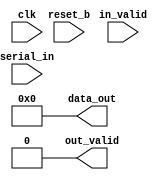
module SIPO(data_out, out_valid, serial_in, in_valid, reset_b, clk);
	// Output signals representing the end of the transaction
	// Output of the SIPO convertor
	output [7:0] data_out;
	/**
	 */
	output out_valid;
	// ===============================================================
	// Input signals
	// Input data bit coming in to the SIPO convertor
	input serial_in;
	// Clock signal to facilitate state transitions
	input clk;
	// Active low reset signal to bring all outputs to ZERO
	input reset_b;
	/**
	 */
	input in_valid;
	// ===============================================================
	// Declare "wire" signals:
	//wire FSM_OUTPUT;
	// ===============================================================
	// Declare "reg" signals:
	reg out_valid;					// Output signal
	reg [7:0] data_out;					// Output signal
	// Outputs of the D flip-flops in the SIPO converter
	reg [7:0] q_dff;				// Output of the D flip-flops
	// Flag to indicate if the flip-flops have their outputs set
	reg flag1;						// flag of the 1st D flip-flop
	reg flag2;						// flag of the 2nd D flip-flop
	reg flag3;						// flag of the 3rd D flip-flop
	reg flag4;						// flag of the 4th D flip-flop
	reg flag5;						// flag of the 5th D flip-flop
	reg flag6;						// flag of the 6th D flip-flop
	reg flag7;						// flag of the 7th D flip-flop
	reg flag8;						// flag of the 8th D flip-flop
	// ===============================================================
	// Definitions for the states in the SIPO convertor
	// parameter PARAM_NAME = VALUE;
	// ===============================================================
	// Logic for active low reset signal to reset the SIPO convertor
	always @(~reset_b)
	begin
		// When "reset_b" goes low, out_valid=0
		out_valid<=1'd0;
		// Set the output of the SIPO convertor to ZERO
		data_out<=8'd0;
		// Set the output of the D flip-flops to ZERO
		q_dff<=8'd0;
		// Set the flags for the flip-flops to zero
		flag1<=1'd1;
		flag2<=1'd1;
		flag3<=1'd1;
		flag4<=1'd1;
		flag5<=1'd1;
		flag6<=1'd1;
		flag7<=1'd1;
		flag8<=1'd1;
	end
	// ===============================================================
	// 1st D flip-flop
	always @(posedge clk)
	begin
		// If the load enable flag and reset_b are high,
		if(in_valid && reset_b &&  (~out_valid))
		begin
			if(flag1==1)
			begin
$display($time,"Process input #1",serial_in);
				q_dff[0]<=serial_in;
				flag1<=1'd0;
			end
		end
	end
	// ===============================================================
	// 2nd D flip-flop
	always @(posedge clk)
	begin
		// If the load enable flag and reset_b are high,
		if(in_valid && reset_b && (~out_valid))
		begin
			if((flag2==1) && (flag1==0))
			begin
$display($time,"Process input #2",serial_in);
				q_dff[1]<=serial_in;
				flag2<=1'd0;
			end
		end
	end
	// ===============================================================
	// 3rd D flip-flop
	always @(posedge clk)
	begin
		// If the load enable flag and reset_b are high,
		if(in_valid && reset_b && (~out_valid))
		begin
			if((flag3==1) && (flag2==0))
			begin
$display($time,"Process input #3",serial_in);
				q_dff[2]<=serial_in;
				flag3<=1'd0;
			end
		end
	end
	// ===============================================================
	// 4th D flip-flop
	always @(posedge clk)
	begin
		// If the load enable flag and reset_b are high,
		if(in_valid && reset_b && (~out_valid))
		begin
			if((flag4==1) && (flag3==0))
			begin
$display($time,"Process input #4",serial_in);
				q_dff[3]<=serial_in;
				flag4<=1'd0;
			end
		end
	end
	// ===============================================================
	// 5th D flip-flop
	always @(posedge clk)
	begin
		// If the load enable flag and reset_b are high,
		if(in_valid && reset_b && (~out_valid))
		begin
			if((flag5==1) && (flag4==0))
			begin
$display($time,"Process input #5",serial_in);
				q_dff[4]<=serial_in;
				flag5<=1'd0;
			end
		end
	end
	// ===============================================================
	// 6th D flip-flop
	always @(posedge clk)
	begin
		// If the load enable flag and reset_b are high,
		if(in_valid && reset_b && (~out_valid))
		begin
			if((flag6==1) && (flag5==0))
			begin
$display($time,"Process input #6",serial_in);
				q_dff[5]<=serial_in;
				flag6<=1'd0;
			end
		end
	end
	// ===============================================================
	// 7th D flip-flop
	always @(posedge clk)
	begin
		// If the load enable flag and reset_b are high,
		if(in_valid && reset_b && (~out_valid))
		begin
			if((flag7==1) && (flag6==0))
			begin
$display($time,"Process input #7",serial_in);
				q_dff[6]<=serial_in;
				flag7<=1'd0;
			end
		end
	end
	// ===============================================================
	// 8th/Final/Last D flip-flop
	always @(posedge clk)
	begin
		// If the load enable flag and reset_b are high,
		if(in_valid && reset_b && (~out_valid))
		begin
			if((flag8==1) && (flag7==0))
			begin
$display($time,"Process input #8",serial_in);
				q_dff[7]<=serial_in;
				flag8<=1'd0;
				out_valid<=1'd1;
			end
		end
		else if(out_valid)
		begin
$display($time,"Produce the output and reset data",serial_in);
			data_out<=q_dff;
			flag1<=1'd1;
			flag2<=1'd1;
			flag3<=1'd1;
			flag4<=1'd1;
			flag5<=1'd1;
			flag6<=1'd1;
			flag7<=1'd1;
			flag8<=1'd1;
			out_valid<=1'd0;
			q_dff<=8'd0;
		end
	end
endmodule